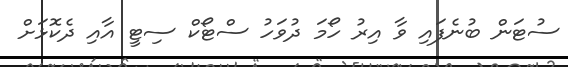
ސުޓަން ބުނެފައި ވާ އިރު ހޯމަ ދުވަހު ސްޓޯކް ސިޓީ އާއި ދެކޮޅަށް